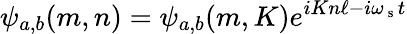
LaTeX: \psi_{a,b}(m,n)=\psi_{a,b}(m,K)e^{iKn\ell-i\omega_{\mathrm{~s~}}t}